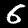
Label: 6